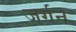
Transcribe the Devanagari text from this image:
जर्गन